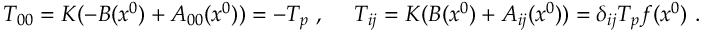
T _ { 0 0 } = K ( - { \cal B } ( x ^ { 0 } ) + { \cal A } _ { 0 0 } ( x ^ { 0 } ) ) = - { \cal T } _ { p } ~ , ~ ~ ~ ~ T _ { i j } = K ( { \cal B } ( x ^ { 0 } ) + { \cal A } _ { i j } ( x ^ { 0 } ) ) = \delta _ { i j } { \cal T } _ { p } f ( x ^ { 0 } ) ~ .